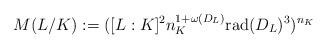
LaTeX: \begin{align*}M(L/K):=([L:K]^{2}n_K^{1+\omega(D_L)}\mathrm{rad}(D_L)^{3})^{n_K}\end{align*}